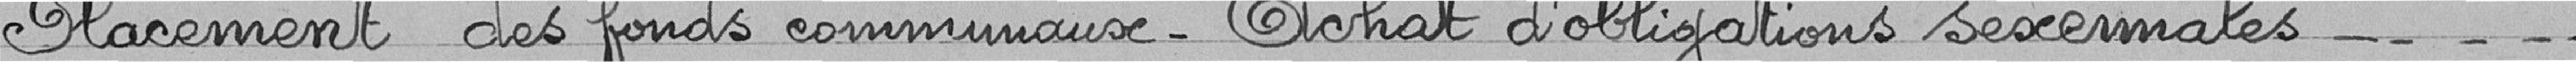
Placement des fonds communaux - Achats d'obligations sexermales